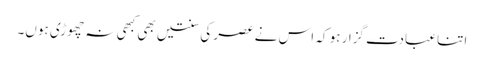
اتنا عبادت گزار ہو کہ اس نے عصر کی سنتیں بھی کبھی نہ چھوڑی ہوں۔